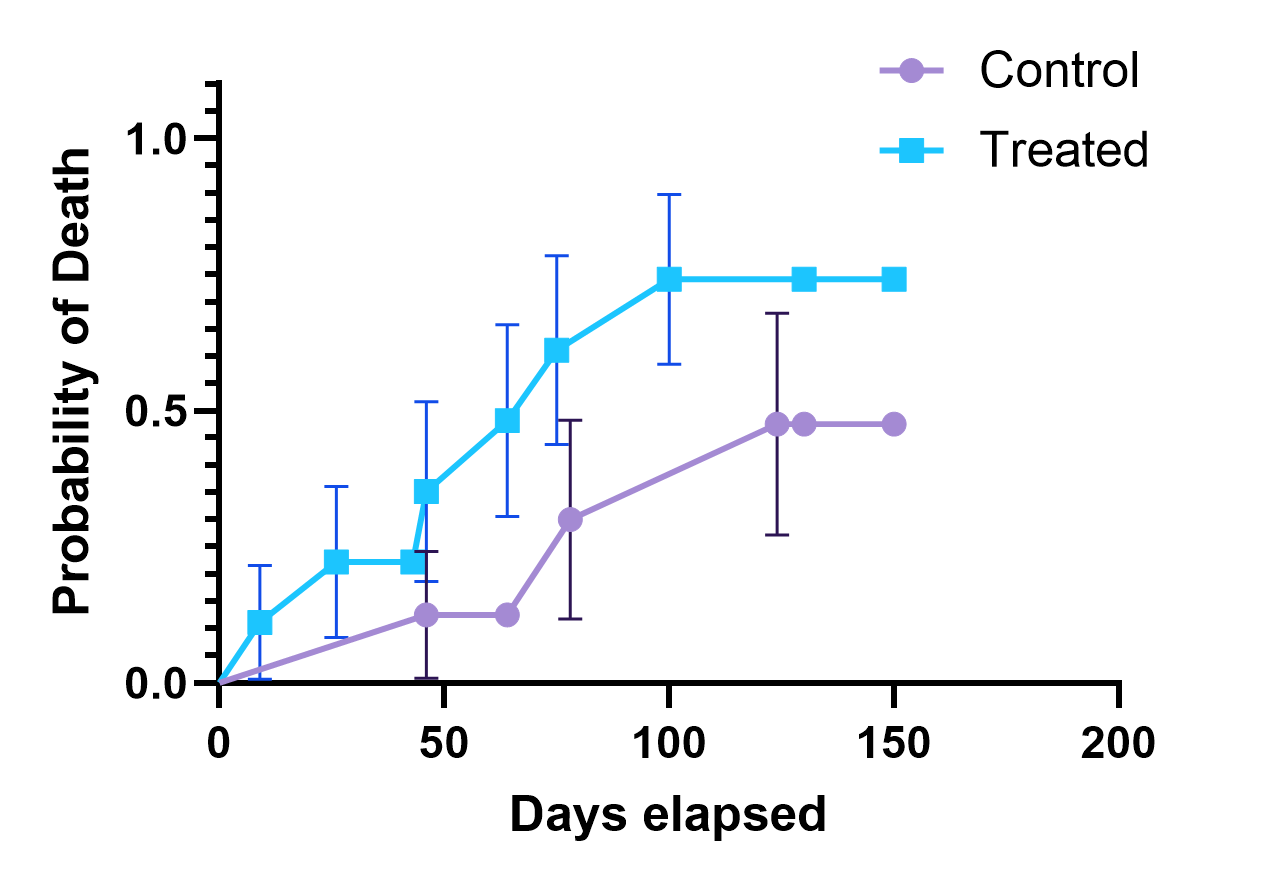
graphpad, survival, two groups, point, error bar